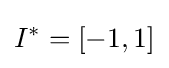
I^{*}=[-1,1]